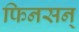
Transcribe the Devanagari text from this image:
फिनसन्‌